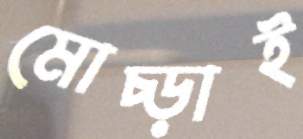
মোচ্‌ড়াই